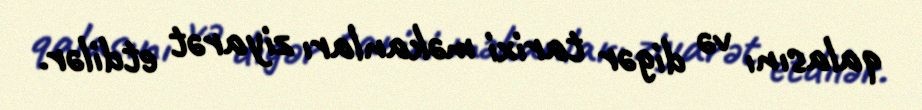
qalasını və digər tarixi məkanları ziyarət etdilər.